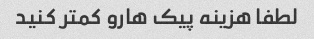
لطفا هزینه پیک هارو کمتر کنید